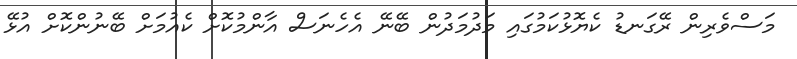
މަސްވެރިން ރޭގަނޑު ކެޔޮޅުކަމުގައި މަދުމަދުން ބޭނޭ އެހެނަސް އާންމުކޮށް ކެއުމަށް ބޭނުންކޮށް އުޅޭ